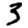
Digit: 3